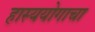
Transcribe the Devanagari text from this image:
हास्ययोगाचा